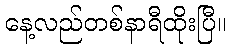
နေ့လည်တစ်နာရီထိုးပြီ။